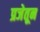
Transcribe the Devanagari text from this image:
प्रजेतून